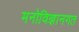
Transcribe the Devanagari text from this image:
मनोविज्ञानगत